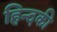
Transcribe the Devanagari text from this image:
हिन्दकी